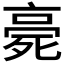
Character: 𣨻